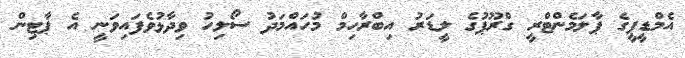
އެމްޑީޕީގެ ޕާލަމެންޓްރީ ގްރޫޕުގެ ލީޑަރު އިބްރާހިމް މުހައްމަދު ސޯލިހު ވިދާޅުވެފައިވަނީ އެ ޕާޓިން